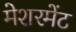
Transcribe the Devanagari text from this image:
मेशरमेंट